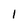
Character: 1